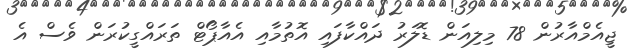
ޖީއެމްއާރުން 78 މިލިއަން ޑޮލަރު ދައްކާފައި އޮތުމާއި އެއާޕޯޓް ތަރައްގީކުރަން ވެސް އެ